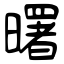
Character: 曙